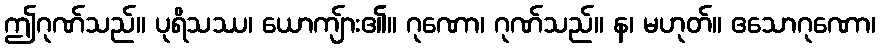
ဤဂုဏ်သည်။ ပုရိသဿ၊ ယောကျ်ား၏။ ဂုဏော၊ ဂုဏ်သည်။ န၊ မဟုတ်။ ဧသောဂုဏော၊